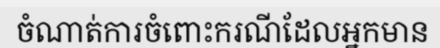
ចំណាត់ការចំពោះករណីដែលអ្នកមាន